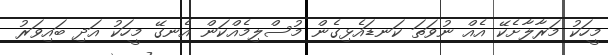
މީހަކު މަރާލާށެކޭ އެއް ނުވަތަ ކަނޑައެޅިގެން މުސްލިމެއްކަން އެނގޭ މީހަކު އަދި ބައިވަރު